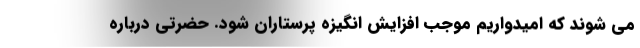
می شوند که امیدواریم موجب افزایش انگیزه پرستاران شود. حضرتی درباره